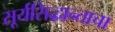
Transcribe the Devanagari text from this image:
सूर्यसिद्धान्ताचा